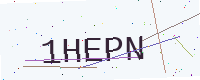
Text: 1HEPN